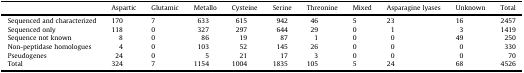
<table><thead><tr><td></td><td><b>Aspartic</b></td><td><b>Glutamic</b></td><td><b>Metallo</b></td><td><b>Cysteine</b></td><td><b>Serine</b></td><td><b>Threonine</b></td><td><b>Mixed</b></td><td><b>Asparagine lyases</b></td><td><b>Unknown</b></td><td><b>Total</b></td></tr></thead><tbody><tr><td>Sequenced and characterized</td><td>170</td><td>7</td><td>633</td><td>615</td><td>942</td><td>46</td><td>5</td><td>23</td><td>16</td><td>2457</td></tr><tr><td>Sequenced only</td><td>118</td><td>0</td><td>327</td><td>297</td><td>644</td><td>29</td><td>0</td><td>1</td><td>3</td><td>1419</td></tr><tr><td>Sequence not known</td><td>8</td><td>0</td><td>86</td><td>19</td><td>87</td><td>1</td><td>0</td><td>0</td><td>49</td><td>250</td></tr><tr><td>Non-peptidase homologues</td><td>4</td><td>0</td><td>103</td><td>52</td><td>145</td><td>26</td><td>0</td><td>0</td><td>0</td><td>330</td></tr><tr><td>Pseudogenes</td><td>24</td><td>0</td><td>5</td><td>21</td><td>17</td><td>3</td><td>0</td><td>0</td><td>0</td><td>70</td></tr><tr><td>Total</td><td>324</td><td>7</td><td>1154</td><td>1004</td><td>1835</td><td>105</td><td>5</td><td>24</td><td>68</td><td>4526</td></tr></tbody></table>